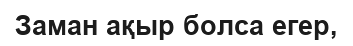
Заман ақыр болса егер,